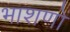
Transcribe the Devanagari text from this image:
भाशणों